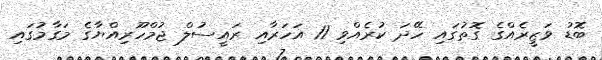
ބޮޑު ވަޒީރެއްގެ ގޮތުގައި ހޭދަ ކުރެއްވި 11 އަހަރާއި ރައީސުލް ޖުމްހޫރިއްޔާގެ މަގާމުގައި